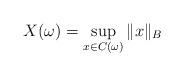
LaTeX: \begin{align*} X(\omega)=\sup_{x\in C(\omega)}\|x\|_B \end{align*}